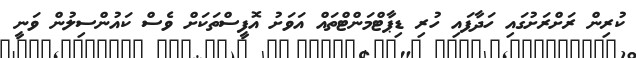
ކުރިން ރަށްރަށުގައި ހަދާފައި ހުރި ޑިޕާޓްމަންޓްތައް އަވަށު އޮފީސްތަކަށް ވެސް ކައުންސިލުން ވަނީ